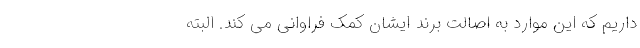
داریم که این موارد به اصالتِ برند ایشان کمک فراوانی می کند. البته